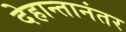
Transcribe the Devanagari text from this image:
देहान्तानंतर